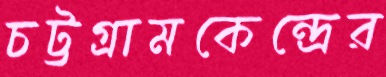
চট্টগ্রামকেন্দ্রের